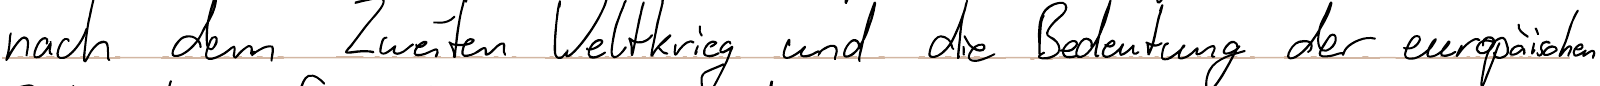
nach dem Zweiten Weltkrieg und die Bedeutung der europäischen